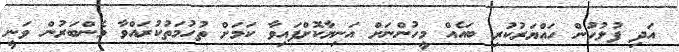
އަދި ފުލުހުން ހައްޔަރުކުރި ބައެއް މީހުންނަށް އަނިޔާކޮށްފައިވާ ކަމަށް ތުހުމަތުކުރައްވާ މެންބަރުން ވަނީ